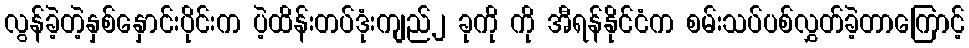
လွန်ခဲ့တဲ့နှစ်နှောင်းပိုင်းက ပဲ့ထိန်းတပ်ဒုံးကျည်၂ ခုကို ကို အီရန်နိုင်ငံက စမ်းသပ်ပစ်လွှတ်ခဲ့တာကြောင့်